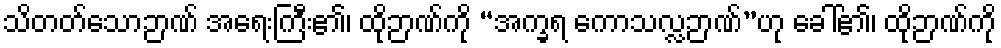
သိတတ်သောဉာဏ် အရေးကြီး၏၊ ထိုဉာဏ်ကို “အက္ခရ ကောသလ္လဉာဏ်”ဟု ခေါ်၏၊ ထိုဉာဏ်ကို